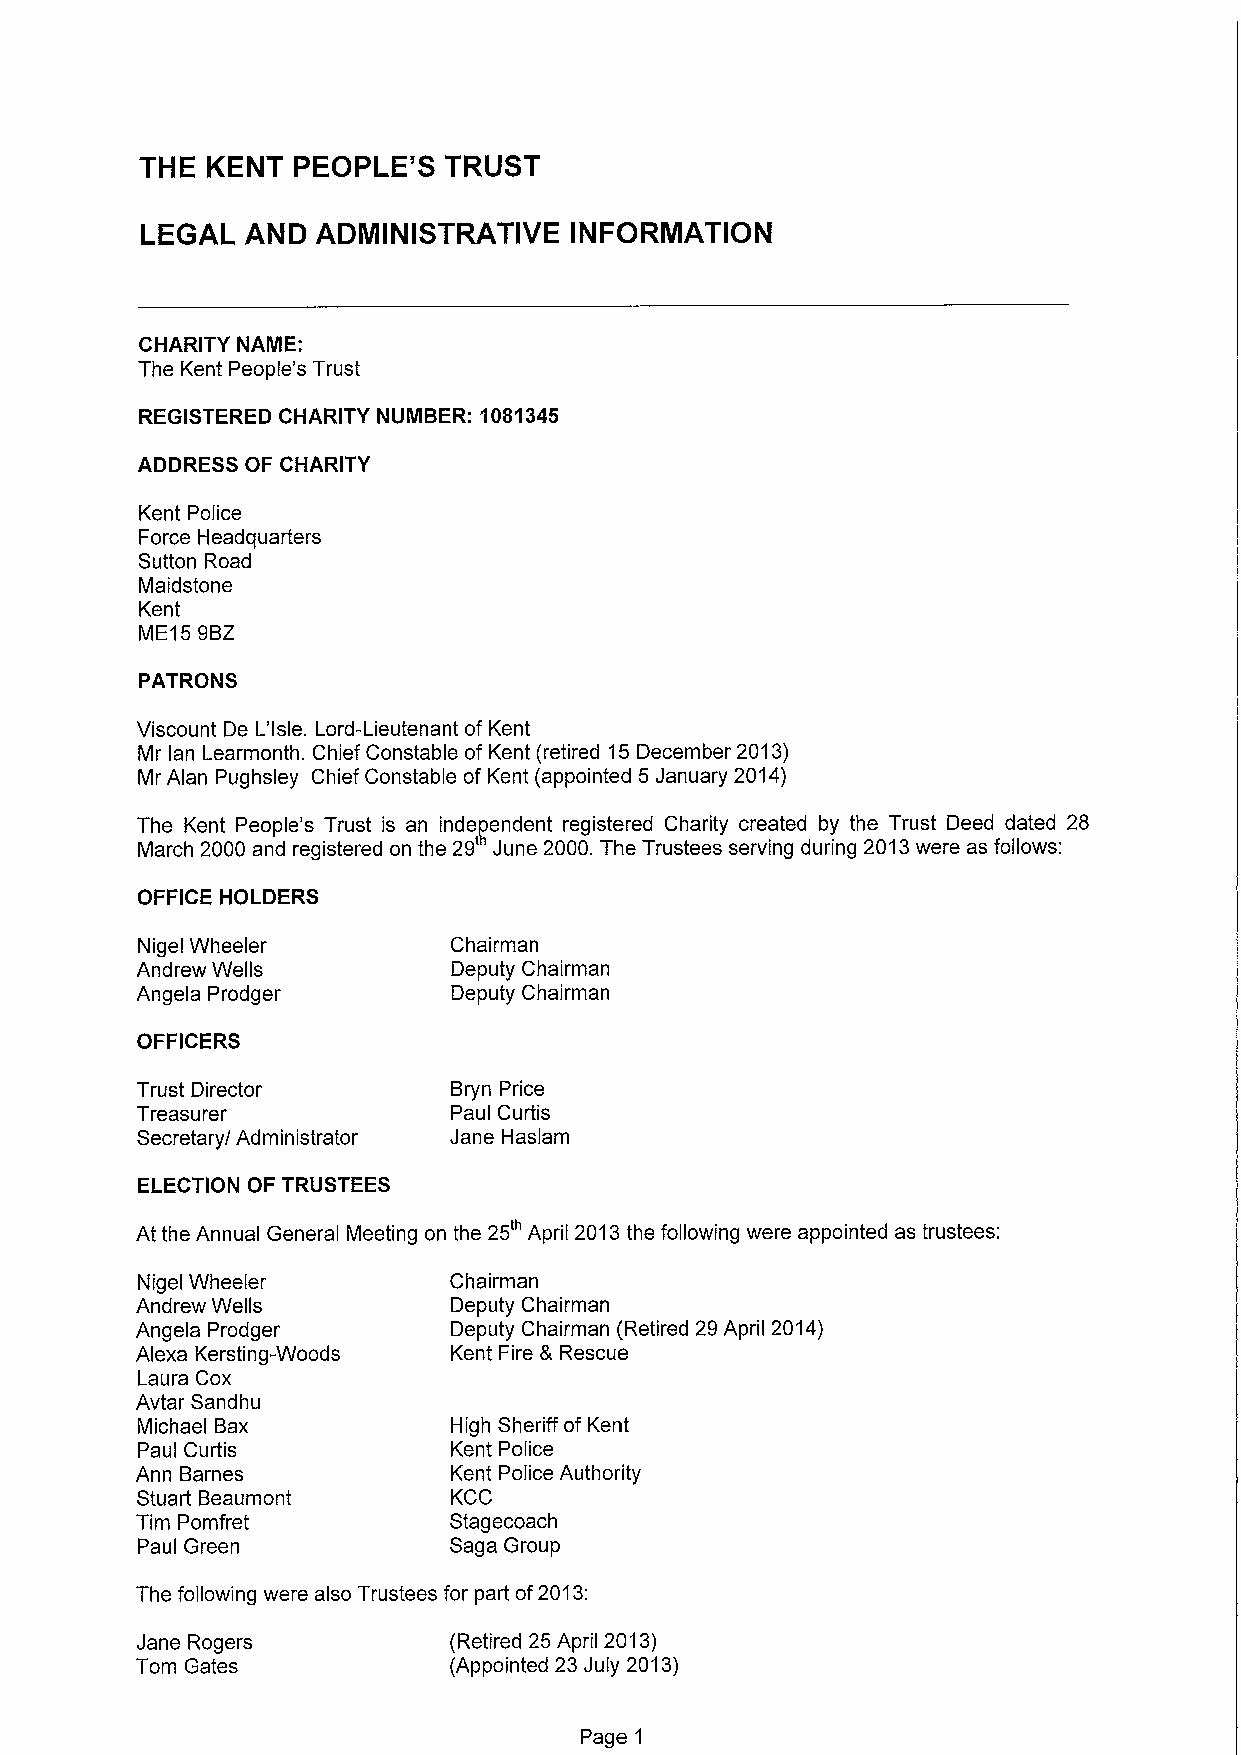
THE  KENT PEOPLE'S  TRUST
 LEGAL  AND  ADMINISTRATIVE   INFORMATION
 CHARITY NAME:
 The Kent People's Trust
 REGISTERED CHARITY NUMBER: 1081345
 ADDRESS OF CHARITY
 Kent Police
 Force Headquarters
 Sutton Road
 Maidstone
 Kent
 ME15 9BZ
 PATRONS
 Viscount De L'Isle. Lord-Lieutenant of Kent
 Mr lan Learmonth. Chief Constable of Kent (retired 15December 2013)
 Mr Alan Pughsley Chief Constable of Kent (appointed 5 January 2014)
 The Kent People's Trust is an inde~endent registered Charity created by the Trust Deed dated 28
 March 2000 and registered on the 29' June 2000.The Trustees serving during 2013were as follows:
 OFFICE HOLDERS
 Nigel Wheeler        Chairman
 Andrew Wells         Deputy Chairman
 Angela Prodger       Deputy Chairman
 OFFICERS
 Trust Director       Bryn Price
 Treasurer            Paul Curtis
 Secretary/ Administrator Jane Haslam
 ELECTION OF TRUSTEES
 At the Annual General Meeting on the 25' April 2013the following were appointed as trustees:
 Nigel Wheeler        Chairman
 Andrew Wells         Deputy Chairman
 Angela Prodger       Deputy Chairman (Retired 29April 2014)
 Alexa Kersting-Woods Kent Fire 8 Rescue
 Laura Cox
 Avtar Sandhu
 Michael Bax          High Sheriff of Kent
 Paul Curtis          Kent Police
 Ann Barnes           Kent Police Authority
 Stuart Beaumont      KCC
 Tim Pomfret          Stagecoach
 Paul Green           Saga Group
 The following were also Trustees for part of2013:
 Jane Rogers          (Retired 25 April 2013)
 Tom Gates            (Appointed 23July 2013)
 Page 1